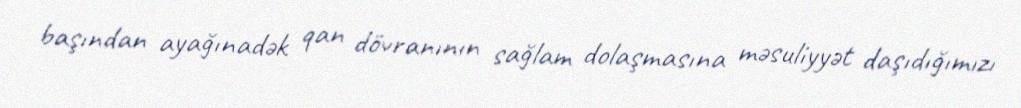
başından ayağınadək qan dövranının sağlam dolaşmasına məsuliyyət daşıdığımızı